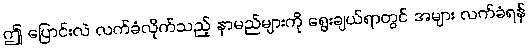
ဤ ပြောင်းလဲ လက်ခံလိုက်သည့် နာမည်များကို ရွေးချယ်ရာတွင် အများ လက်ခံရန်